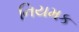
નિયમક